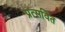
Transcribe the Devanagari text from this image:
प्रत्सवित